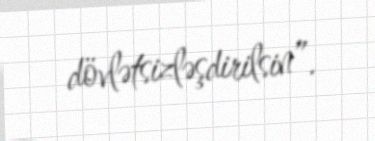
dövlətsizləşdirilsin”.